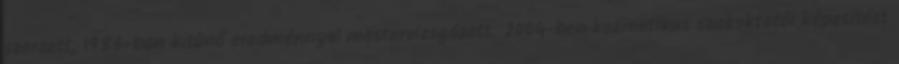
szerzett, 1986-ban kitûnô eredménnyel mestervizsgázott. 2004-ben kozmetikus szakoktatói képesítést